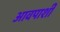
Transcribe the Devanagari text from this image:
आवपाशी